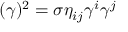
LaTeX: ( \gamma ) ^ { 2 } = \sigma \eta _ { i j } \gamma ^ { i } \gamma ^ { j }